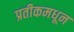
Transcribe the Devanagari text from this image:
प्रतीकमधून